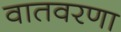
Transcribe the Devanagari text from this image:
वातवरणा